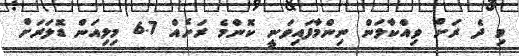
މި ދެ ރަށް ވިއްކާލަން ނިންމާފައިވަނީ ކޮންމެ ރަށެެއް 6.7 މިލިއަން ޑޮލަރަށް